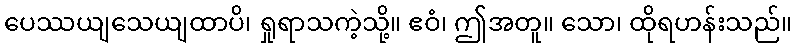
ပေဿယျသေယျထာပိ၊ ရှုရာသကဲ့သို့။ ဧဝံ၊ ဤအတူ။ သော၊ ထိုရဟန်းသည်။